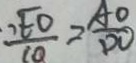
\frac { 、 E O } { C Q } = \frac { A O } { D O }